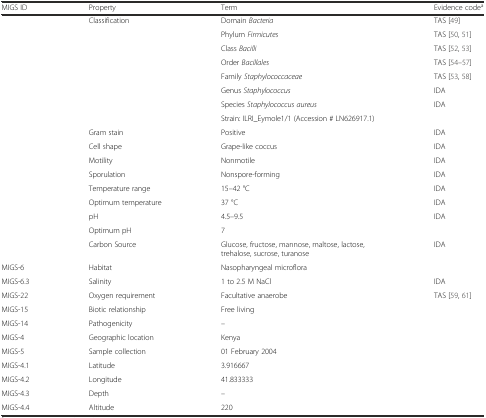
| MIGS ID | Property | Term | Evidence codea |
 | --- | --- | --- | --- |
 |  | Classification | Domain Bacteria | TAS [49] |
 |  |  | Phylum Firmicutes | TAS [50, 51] |
 |  |  | Class Bacilli | TAS [52, 53] |
 |  |  | Order Bacillales | TAS [54–57] |
 |  |  | Family Staphylococcaceae | TAS [53, 58] |
 |  |  | Genus Staphylococcus | IDA |
 |  |  | Species Staphylococcus aureus | IDA |
 |  |  | Strain: ILRI_Eymole1/1 (Accession # LN626917.1) |  |
 |  | Gram stain | Positive | IDA |
 |  | Cell shape | Grape-like coccus | IDA |
 |  | Motility | Nonmotile | IDA |
 |  | Sporulation | Nonspore-forming | IDA |
 |  | Temperature range | 15–42 °C | IDA |
 |  | Optimum temperature | 37 °C | IDA |
 | <ROWSPAN=2>  | pH | 4.5–9.5 | <ROWSPAN=2> IDA |
 | Optimum pH | 7 |
 |  | Carbon Source | Glucose, fructose, mannose, maltose, lactose, trehalose, sucrose, turanose | IDA |
 | MIGS-6 | Habitat | Nasopharyngeal microflora |  |
 | MIGS-6.3 | Salinity | 1 to 2.5 M NaCl | IDA |
 | MIGS-22 | Oxygen requirement | Facultative anaerobe | TAS [59, 61] |
 | MIGS-15 | Biotic relationship | Free living |  |
 | MIGS-14 | Pathogenicity | – |  |
 | MIGS-4 | Geographic location | Kenya |  |
 | MIGS-5 | Sample collection | 01 February 2004 |  |
 | MIGS-4.1 | Latitude | 3.916667 |  |
 | MIGS-4.2 | Longitude | 41.833333 |  |
 | MIGS-4.3 | Depth | – |  |
 | MIGS-4.4 | Altitude | 220 |  |